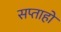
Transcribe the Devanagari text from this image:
सप्ताहो